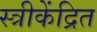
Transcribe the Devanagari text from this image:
स्त्रीकेंद्रित